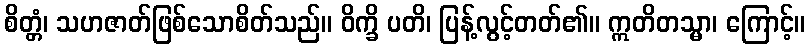
စိတ္တံ၊ သဟဇာတ်ဖြစ်သောစိတ်သည်။ ဝိက္ခိ ပတိ၊ ပြန့်လွင့်တတ်၏။ ဣတိတသ္မာ၊ ကြောင့်။